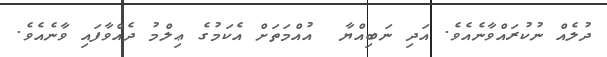
ދުލެއް ނުކުރައްވާނެއެވެ. އަދި ނަބިއްޔާ  އުއްމަތަށް އެކަމުގެ ޢިލްމު ދެއްވާފައި ވާނެއެވެ.